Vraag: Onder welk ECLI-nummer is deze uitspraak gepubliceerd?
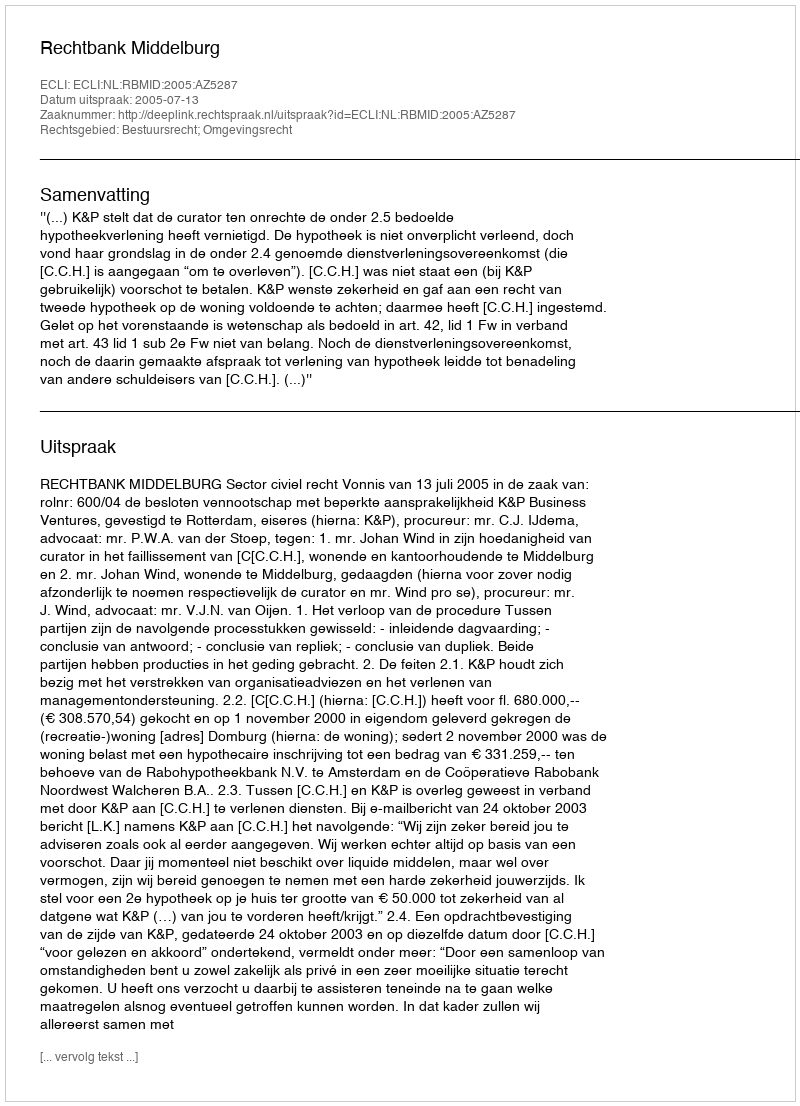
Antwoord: ECLI:NL:RBMID:2005:AZ5287